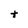
Character: t